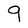
Character: q